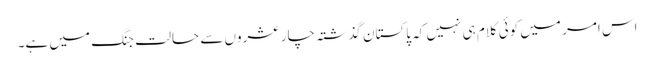
اس امر میں کوئی کلام ہی نہیں کہ پاکستان گذشتہ چار عشروں سے حالت جنگ میں ہے۔